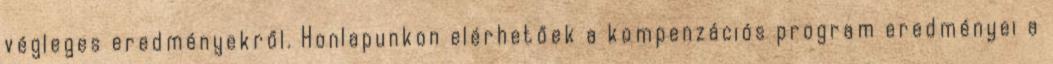
végleges eredményekről. Honlapunkon elérhetőek a kompenzációs program eredményei a